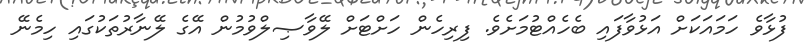
ފުޅާވެ ހަމައަކަށް އަޅުވާފައި ބެހެއްޓުމަށެވެ. ފިރިހެން ހަށްޓަށް ލޭވާޞިލްވުމުން އޭގެ ލޭނާރުތަކުގައި ހިމެނޭ